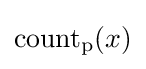
\mathrm {count_{p}} (x)